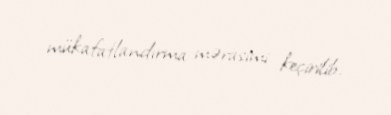
mükafatlandırma mərasimi keçirilib.